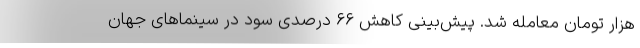
هزار تومان معامله شد. پیش‌بینی کاهش ۶۶ درصدی سود در سینماهای جهان